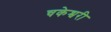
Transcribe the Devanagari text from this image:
चकेश्वरी